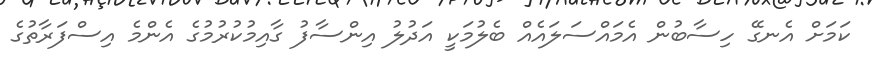
ކަމަށް އެނގޭ ހިސާބުން އެމައްސަލައެއް ބެލުމަކީ އަދުލު އިންސާފު ގާއިމުކުރުމުގެ އެންމެ އިސްފަރާތުގެ